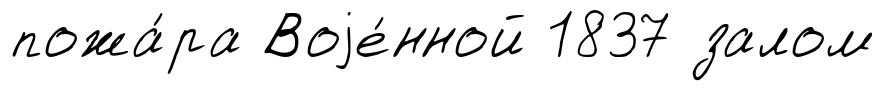
пожа́ра Воjе́нной 1837 залом